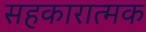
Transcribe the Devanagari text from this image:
सहकारात्मक